Lunatic asylums in Bengal annual reports 1912-1924 - 1912-1924
Year: 1912
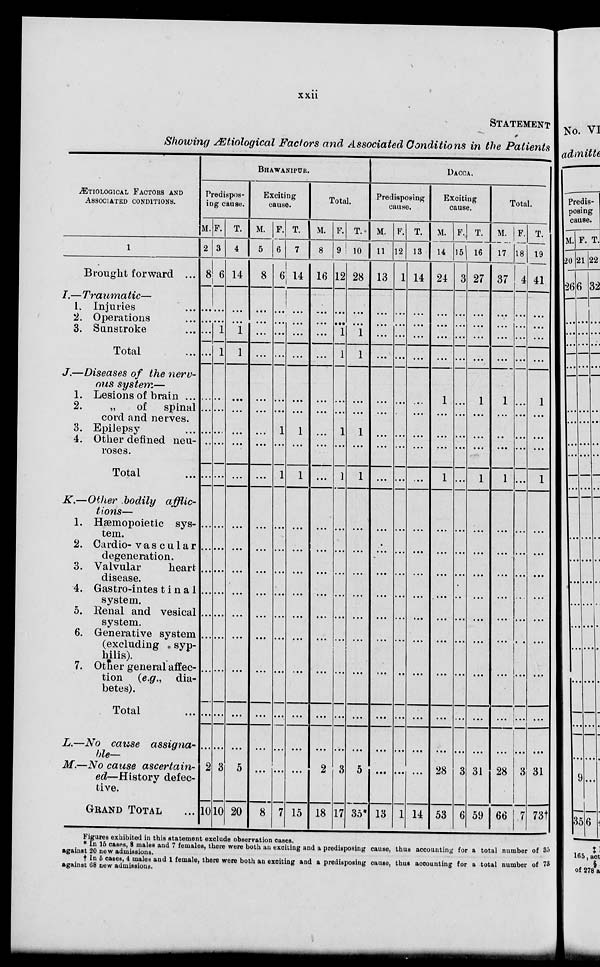
xxii
STATEMENT
Showing Ætiological Factors and Associated Conditions in the Patients
ÆTIOLOGICAL FACTORS AND
ASSOCIATED CONDITIONS.
1
Brought forward ...
I.—Traumatic—
1. Injuries ...
2. Operations ...
3. Sunstroke ...
Total ...
J.—Diseases of the nerv-
ous system—
1. Lesions of brain ...
2.
„
of
spinal
cord and nerves.
3. Epilepsy ...
4. Other defined neu-
roses.
Total ...
K.—Other bodily afflic-
tions—
1. Hæmopoietic sys-
tem.
2. Cardio- vascular
degeneration.
3. Valvular
heart
disease.
4. Gastro-intestinal
system.
5. Renal and vesical
system.
6. Generative system
(excluding syp-
hilis).
7. Otter general affec-
tion (e.g., dia-
betes).
Total ...
L.—No cause
assigna
ble—
M.—No cause
ascertain
ed—History defec
tive.
GRAND TOTAL
BHAWANIPUR.
Predispos-
ing cause.
M.
2
8
...
...
...
...
...
...
...
...
...
...
...
...
...
...
...
...
...
...
2
10
F.
3
6
...
...
1
1
...
...
...
. ..
...
...
...
...
...
...
...
...
...
...
3
10
T.
4
14
...
...
1
1
...
...
...
...
...
...
...
...
...
...
...
...
...
...
5
20
Exciting
cause.
M.
5
8
...
...
...
...
...
...
...
...
...
...
...
...
...
...
...
...
...
...
...
8
F.
6
6
...
...
...
...
...
...
1
...
1
...
...
...
...
...
...
...
...
...
...
7
T.
7
14
...
...
...
...
...
...
1
...
1
...
...
...
...
...
...
...
...
...
...
15
Total.
M.
8
16
...
...
...
...
...
...
...
...
...
...
...
...
...
...
...
...
...
...
...
18
F.
9
12
...
...
1
1
...
...
1
...
1
...
...
...
...
...
...
...
...
...
2
17
T.
10
28
...
...
1
1
...
...
1
...
1
...
...
...
...
...
...
...
...
...
3 5
35
DACCA.
Predisposing
cause.
M.
11
13
...
...
...
...
...
...
...
...
...
...
...
...
...
...
...
...
...
...
...
13
F.
12
1
...
...
...
...
...
...
...
...
...
...
...
...
...
...
...
...
...
...
...
1
T.
13
14
...
...
...
...
...
...
...
...
...
...
...
...
...
...
...
...
...
...
...
14
Exciting
cause.
M.
14
24
...
...
...
...
1
...
...
...
1
...
...
...
...
...
...
...
...
...
28
53
F.
15
3
...
...
...
...
...
...
...
...
...
...
...
...
...
...
...
...
...
...
3
6
T.
16
27
...
...
...
...
1
...
...
...
1
...
...
...
...
...
...
...
...
...
31
59
Total.
M.
17
37
...
...
...
...
1
...
...
...
1
...
...
...
...
...
...
...
...
...
28
66
F.
18
4
...
...
...
...
...
...
...
...
...
...
...
...
...
...
...
...
...
...
3
7
T.
19
41
...
...
...
...
...
...
...
...
1
...
...
...
...
...
...
...
...
...
31
73†
Figures exhibited in this statement exclude observation cases.
* In 15 cases, 8 males and 7 females, there were both an exciting and a predisposing cause, thus accounting for a total number of 35
against 20 new admissions.
† In 5 cases, 4 males and 1 female, there were both an exciting and a predisposing cause, thus accounting for a total number of 73
against 68 new admissions.